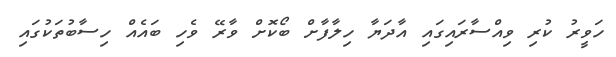
ހަވީރު ކުރި ވިއްސާރައިގައި އާދަޔާ ހިލާފާށް ބޯކޮށް ވާރޭ ވެހި ބައެއް ހިސާބުތަކުގައި